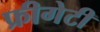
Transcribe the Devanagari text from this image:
फ्रीगेटी